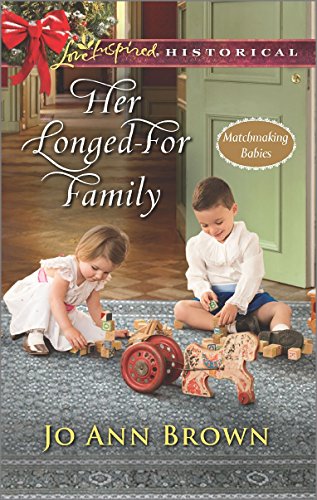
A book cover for Her Longed-For Family (Matchmaking Babies); Jo Ann Brown; Romance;